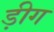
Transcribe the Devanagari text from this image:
ड़ीग